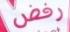
رفض